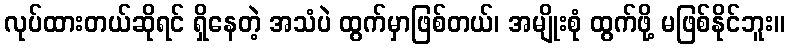
လုပ်ထားတယ်ဆိုရင် ရှိနေတဲ့ အသံပဲ ထွက်မှာဖြစ်တယ်၊ အမျိုးစုံ ထွက်ဖို့ မဖြစ်နိုင်ဘူး။